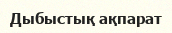
Дыбыстық ақпарат